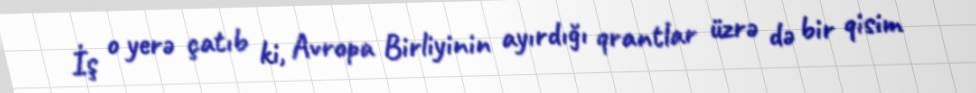
İş o yerə çatıb ki, Avropa Birliyinin ayırdığı qrantlar üzrə də bir qisim